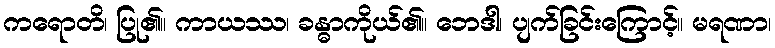
ကရောတိ၊ ပြု၏။ ကာယဿ၊ ခန္ဓာကိုယ်၏။ ဘေဒါ၊ ပျက်ခြင်းကြောင့်။ မရဏာ၊